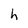
Character: h